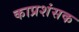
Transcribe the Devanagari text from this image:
काप्रशंसक